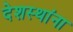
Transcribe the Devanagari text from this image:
देशस्थांना